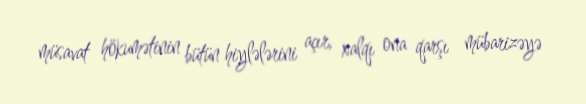
müsavat hökumətinin bütün hiylələrini açır, xalqı ona qarşı mübarizəyə